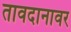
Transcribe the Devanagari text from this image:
तावदानावर